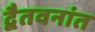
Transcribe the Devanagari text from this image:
द्वैतवनांत